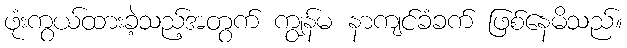
ဖုံးကွယ်ထားခဲ့သည့်အတွက် ကျွန်မ နာကျင်ခံခက် ဖြစ်နေမိသည်။